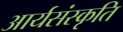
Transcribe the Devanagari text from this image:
आर्यसंस्कृति